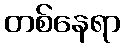
တစ်နေရာ